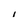
Character: I